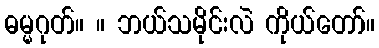
ဓမ္မဂုတ်။ ။ ဘယ်သမိုင်းလဲ ကိုယ်တော်။